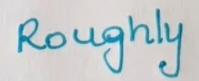
Roughly